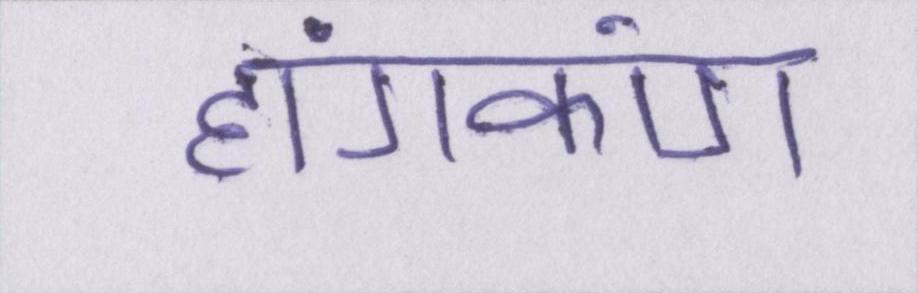
हांगकांग